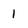
Character: 1